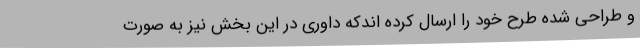
و طراحی شده طرح خود را ارسال کرده اندکه داوری در این بخش نیز به صورت